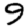
Digit: 9